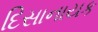
દિસાનાયક